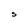
Character: S